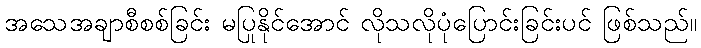
အသေအချာစီစစ်ခြင်း မပြုနိုင်အောင် လိုသလိုပုံပြောင်းခြင်းပင် ဖြစ်သည်။